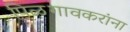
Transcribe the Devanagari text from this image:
पिळगावकरांना